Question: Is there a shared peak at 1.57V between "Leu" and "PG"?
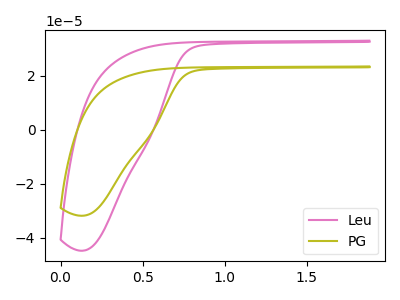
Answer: <think>The pink curve "Leu" has no peaks. The olive curve "PG" has no peaks.</think>
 <answer>No, "Leu" and "PG" dont share a peak at 1.57V.</answer>
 <eval>mismatch</eval>